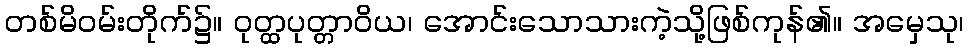
တစ်မိဝမ်းတိုက်၌။ ဝုတ္ထပုတ္တာဝိယ၊ အောင်းသောသားကဲ့သို့ဖြစ်ကုန်၏။ အမှေသု၊